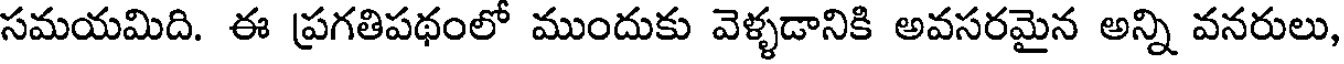
సమయమిది. ఈ ప్రగతిపథంలో ముందుకు వెళ్ళడానికి అవసరమైన అన్ని వనరులు,